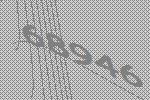
68946